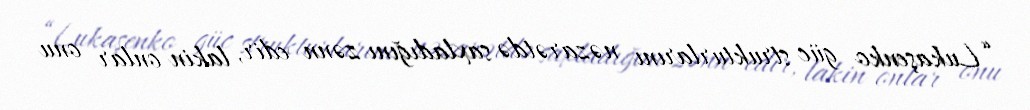
“Lukaşenko güc strukturlarını nəzarətdə saxladığını zənn edir, lakin onlar onu